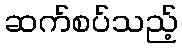
ဆက်စပ်သည့်